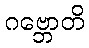
ဂဗ္ဘောတိ